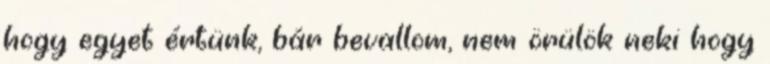
hogy egyet értünk, bár bevallom, nem örülök neki hogy